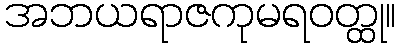
အဘယရာဇကုမရဝတ္ထု။